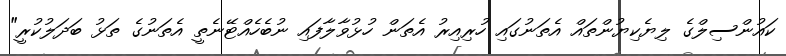
ކައުންސިލްގެ ލިޔެކިޔުންތައް އެތަނުގައި ހުރިއިރު އެތަން ހުޅުވާލާފައި ނުބެހެއްޓޭނެތީ އެތަނުގެ ތަޅު ބަދަލުކުރީ"